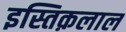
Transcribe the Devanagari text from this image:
इस्तिक़लाल